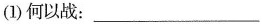
(1)何以战：___